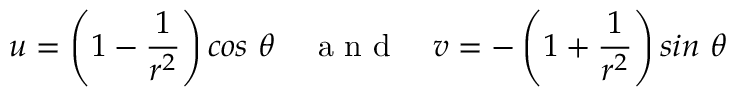
u = \left( 1 - \frac { 1 } { r ^ { 2 } } \right) c o s \ \theta \ \ \ \mathrm { ~ a ~ n ~ d ~ } \ \ \ v = - \left( 1 + \frac { 1 } { r ^ { 2 } } \right) s i n \ \theta